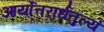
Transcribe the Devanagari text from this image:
आर्योत्तरार्धतुल्यं